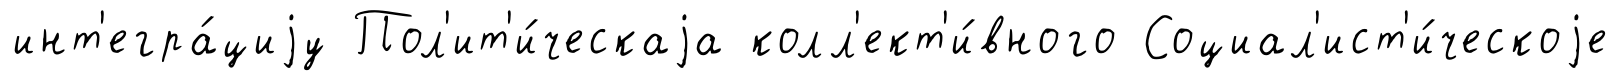
инт'егра́циjу Пол'ит'и́ческаjа колл'ект'и́вного Социал'ист'и́ческоjе